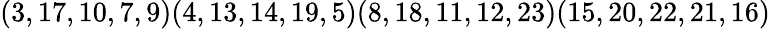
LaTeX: (3,17,10,7,9)(4,13,14,19,5)(8,18,11,12,23)(15,20,22,21,16)